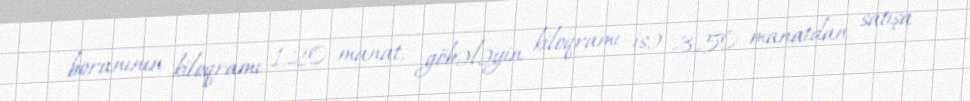
, boranının kiloqramı 1.20 manat, göbələyin kiloqramı isə 3.50 manatdan satışa